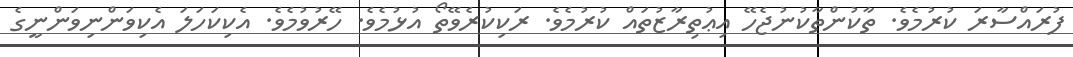
ފުރައްސާރަ ކުރުމެވެ. ތާކުންތާކުނުޖެހޭ އިޢުތިރާޒުތައް ކުރުމެވެ. ރަކިކުރެވޭތޯ އުޅުމެވެ. ހޭރުވުމެވެ. އެކިކަހަލަ އެކިވަންނިވަންނީގެ